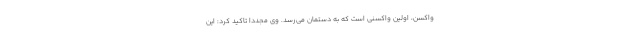
واکسن، اولین واکسنی است که به دستمان می‌رسد. وی مجددا تاکید کرد: این